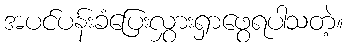
အပင်ပန်းခံပြေးလွှားရှာဖွေရပါသတဲ့။